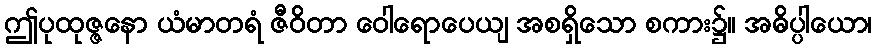
ဤပုထုဇ္ဇနော ယံမာတရံ ဇီဝိတာ ဝေါရောပေယျ အစရှိသော စကား၌။ အဓိပ္ပါယော၊